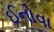
ઈનોવા